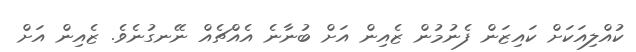
ކުއްލިއަކަށް ކައިޒަން ފެނުމުން ޒެއިން އަށް ބުނާނެ އެއްޗެއް ނޭނގުނެވެ. ޒެއިން އަށް